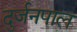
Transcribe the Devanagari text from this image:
दुर्जनपाल